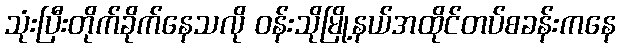
သုံးပြီးတိုက်ခိုက်နေသလို ဝန်းသိုမြို့နယ်အထိုင်တပ်စခန်းကနေ